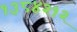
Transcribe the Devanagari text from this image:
१३८४२१२